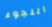
اللجوء